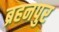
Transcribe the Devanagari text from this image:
ब्रहनपुर